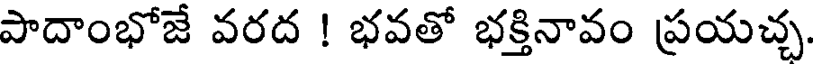
పాదాంభోజే వరద ! భవతో భక్తినావం ప్రయచ్చ.